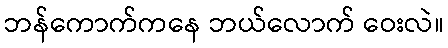
ဘန်ကောက်ကနေ ဘယ်လောက် ဝေးလဲ။